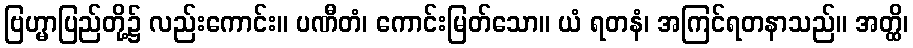
ဗြဟ္မာပြည်တို့၌ လည်းကောင်း။ ပဏီတံ၊ ကောင်းမြတ်သော။ ယံ ရတနံ၊ အကြင်ရတနာသည်။ အတ္ထိ၊